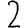
Digit: 2